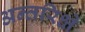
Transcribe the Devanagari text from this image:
अन्तरिक्षे